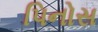
પિનોસ